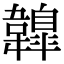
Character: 𩏤